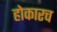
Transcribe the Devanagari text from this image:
होकारच